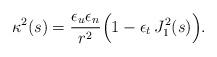
LaTeX: \begin{align*}\kappa^2(s) = \frac{\epsilon_u\epsilon_n}{r^2}\Big(1-\epsilon_t\,J_1^2(s)\Big).\end{align*}